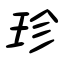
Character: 珍